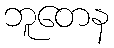
ဘူတေန